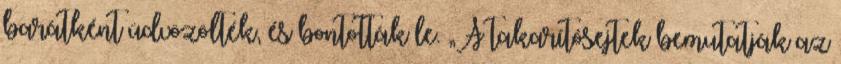
barátként üdvözölték, és bontották le. „A takarítósejtek bemutatják az